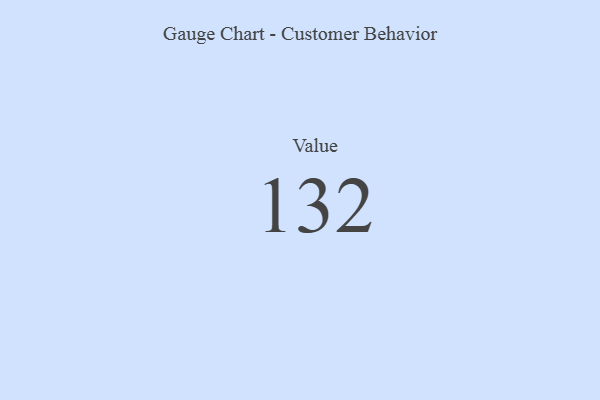
{"axis": {"x": "Metric", "y": "Value"}, "legend": [""], "data": [{"x": "Value", "y": 132, "type": ""}]}